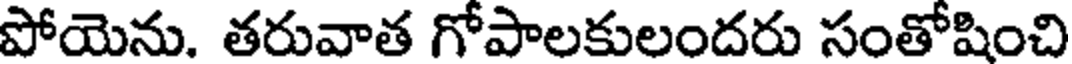
పోయెను. తరువాత గోపాలకులందరు సంతోషించి